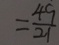
= \frac { 4 9 } { 2 1 }